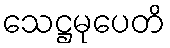
သေဋ္ဌမုပေတိ